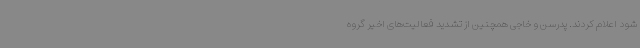
شود اعلام کردند. پدرسن و خاجی همچنین از تشدید فعالیت‌های اخیر گروه